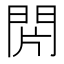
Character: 𨳭